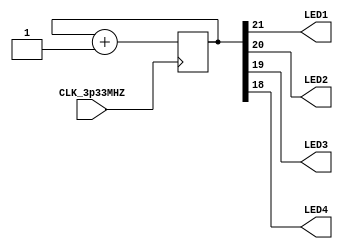
module led_counter(
	input CLK_3p33MHZ,
	output LED1,
	output LED2,
	output LED3,
	output LED4,
);

	reg[21:0] counter;

	always @ (posedge CLK_3p33MHZ)
	begin
		counter = counter + 22'd1;
	end

	assign {LED1, LED2, LED3, LED4} = counter[21:18];
	endmodule